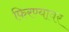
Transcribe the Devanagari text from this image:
फिरण्यावर